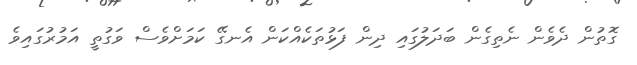
ގޮތުން ދެވެން ނެތިގެން ބަދަލުގައި ދިން ފަޅުތަކެއްކަން އެނގޭ ކަމަށްވެސް ވަގުތީ އަމުރުގައިވެ